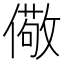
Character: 儆